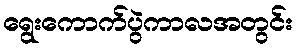
ရွေးကောက်ပွဲကာလအတွင်း